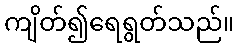
ကျိတ်၍ရေရွတ်သည်။